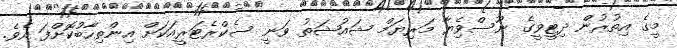
މީގެ އިތުރުން ދިޓީވީގެ ނޫސްވެިޔާ މަރިޔަމް ޝައުޝަތު ވަނީ ސެކްރެޓަރީއަކަށް އިންތިހާބުކޮށްފަ އެވެ.